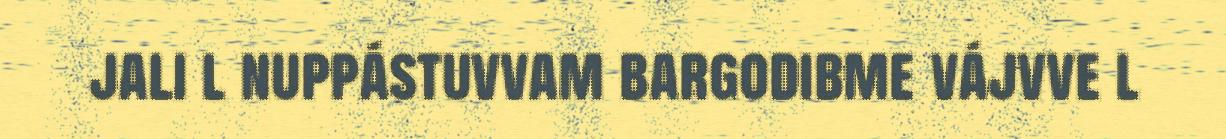
jali l nuppástuvvam bargodibme vájvve l